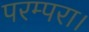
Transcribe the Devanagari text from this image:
परम्परा।